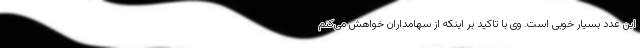
این عدد بسیار خوبی است. وی با تاکید بر اینکه از سهامداران خواهش می‌کنم